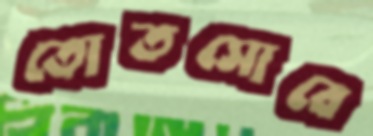
তোতসোবে